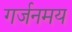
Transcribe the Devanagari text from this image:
गर्जनमय